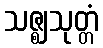
သဇ္ဈသုတ္တံ